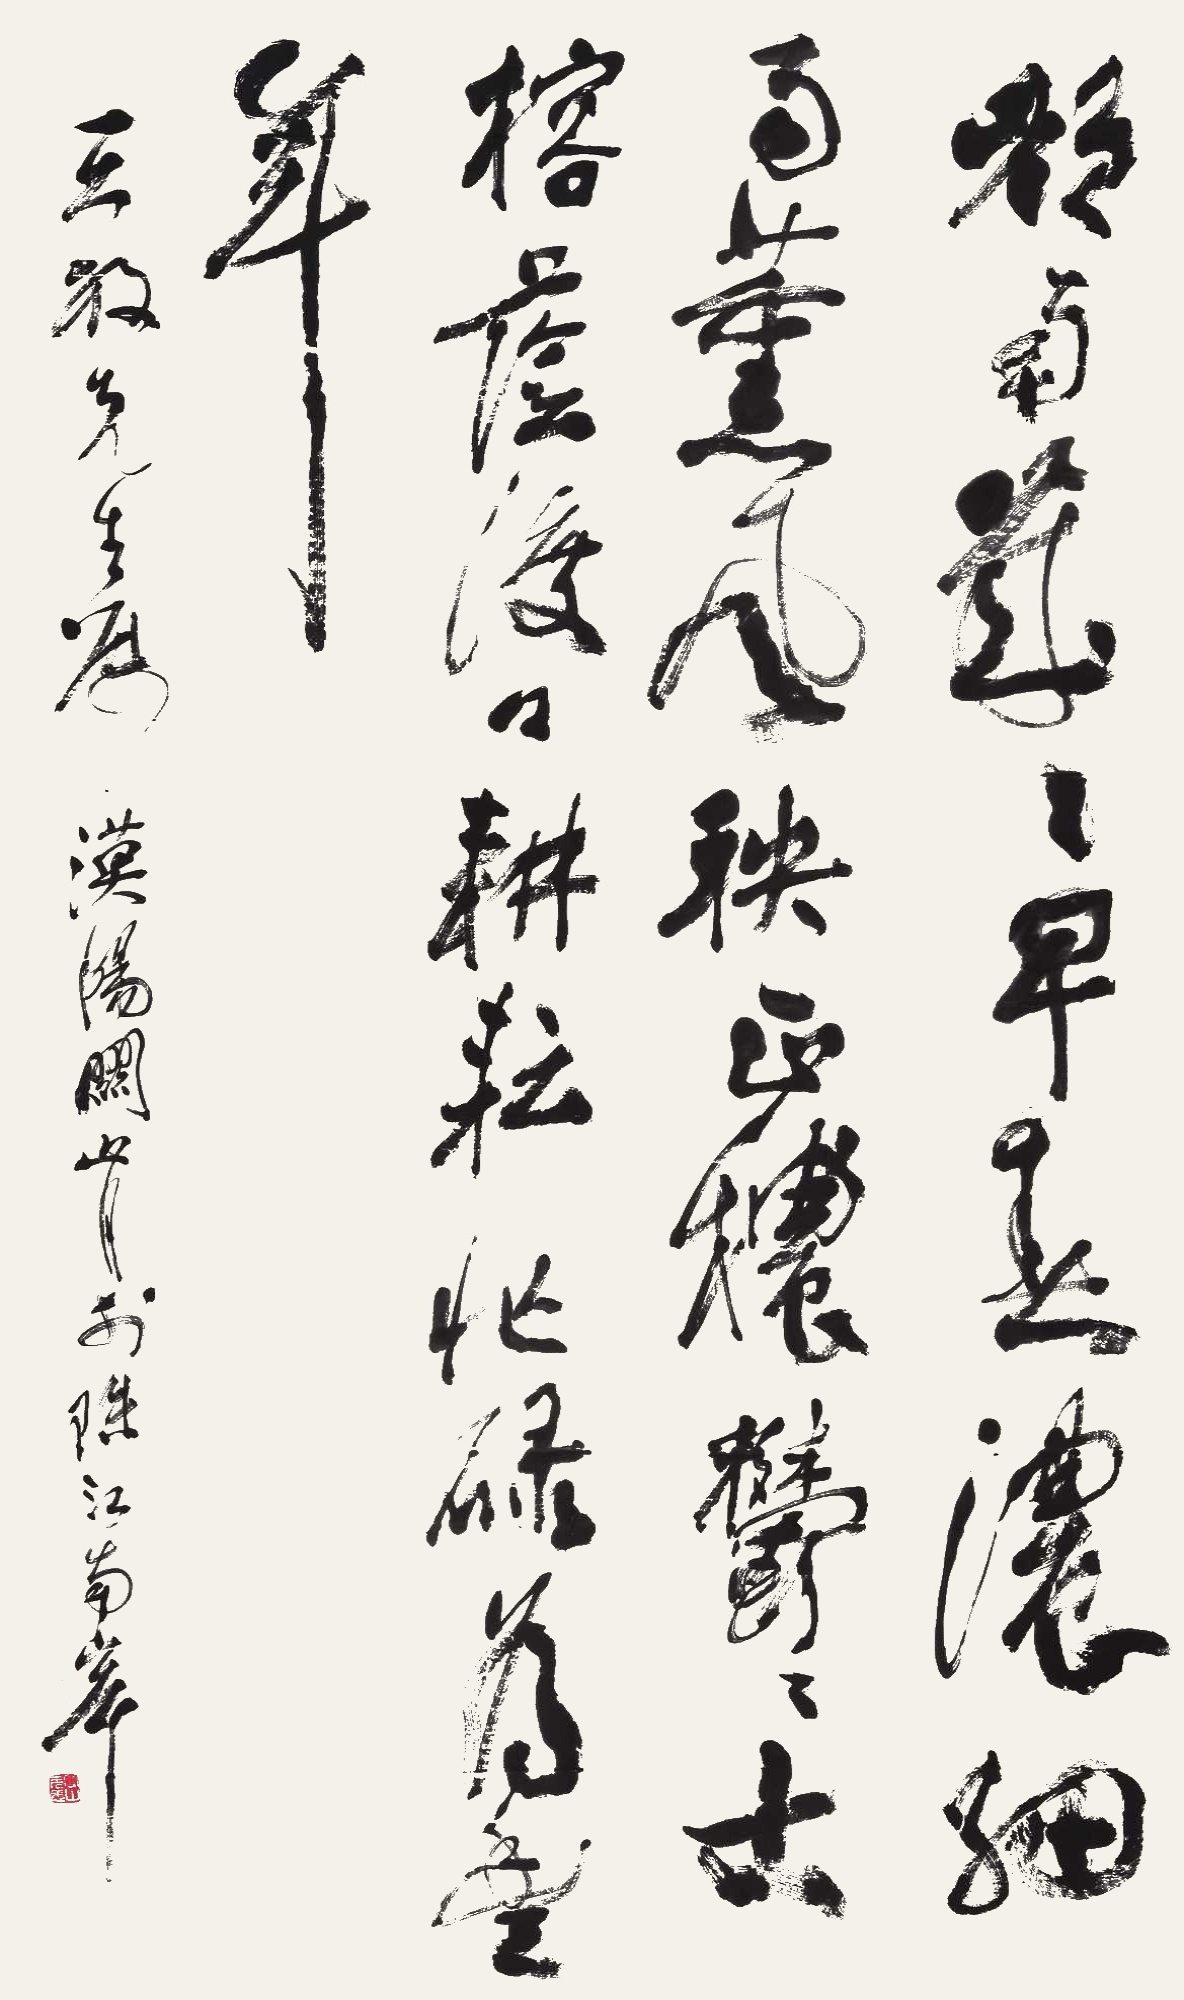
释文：都南岁岁早春浓，细雨熏风秧正浓，郁郁士榕荫渡口，耕耘忙碌为丰年。王放先生嘱，漠阳关山月于珠江南岸。漠阳、关山无恙